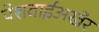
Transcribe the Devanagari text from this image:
पेशवाईअखेर